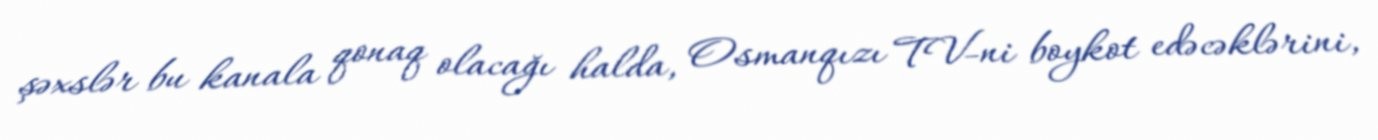
şəxslər bu kanala qonaq olacağı halda, Osmanqızı TV-ni boykot edəcəklərini,